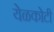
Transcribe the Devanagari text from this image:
येळकोटी